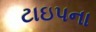
ટાઇપના